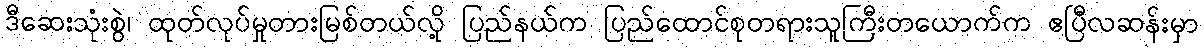
ဒီဆေးသုံးစွဲ၊ ထုတ်လုပ်မှုတားမြစ်တယ်လို့ ပြည်နယ်က ပြည်ထောင်စုတရားသူကြီးတယောက်က ဧပြီလဆန်းမှာ